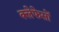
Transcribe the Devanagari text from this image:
क्लेफेसों